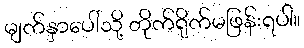
မျက်နှာပေါ်သို့ တိုက်ရိုက်မဖြန်းရပါ။